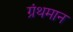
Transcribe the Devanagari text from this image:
ग्रंथमान